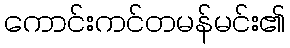
ကောင်းကင်တမန်မင်း၏